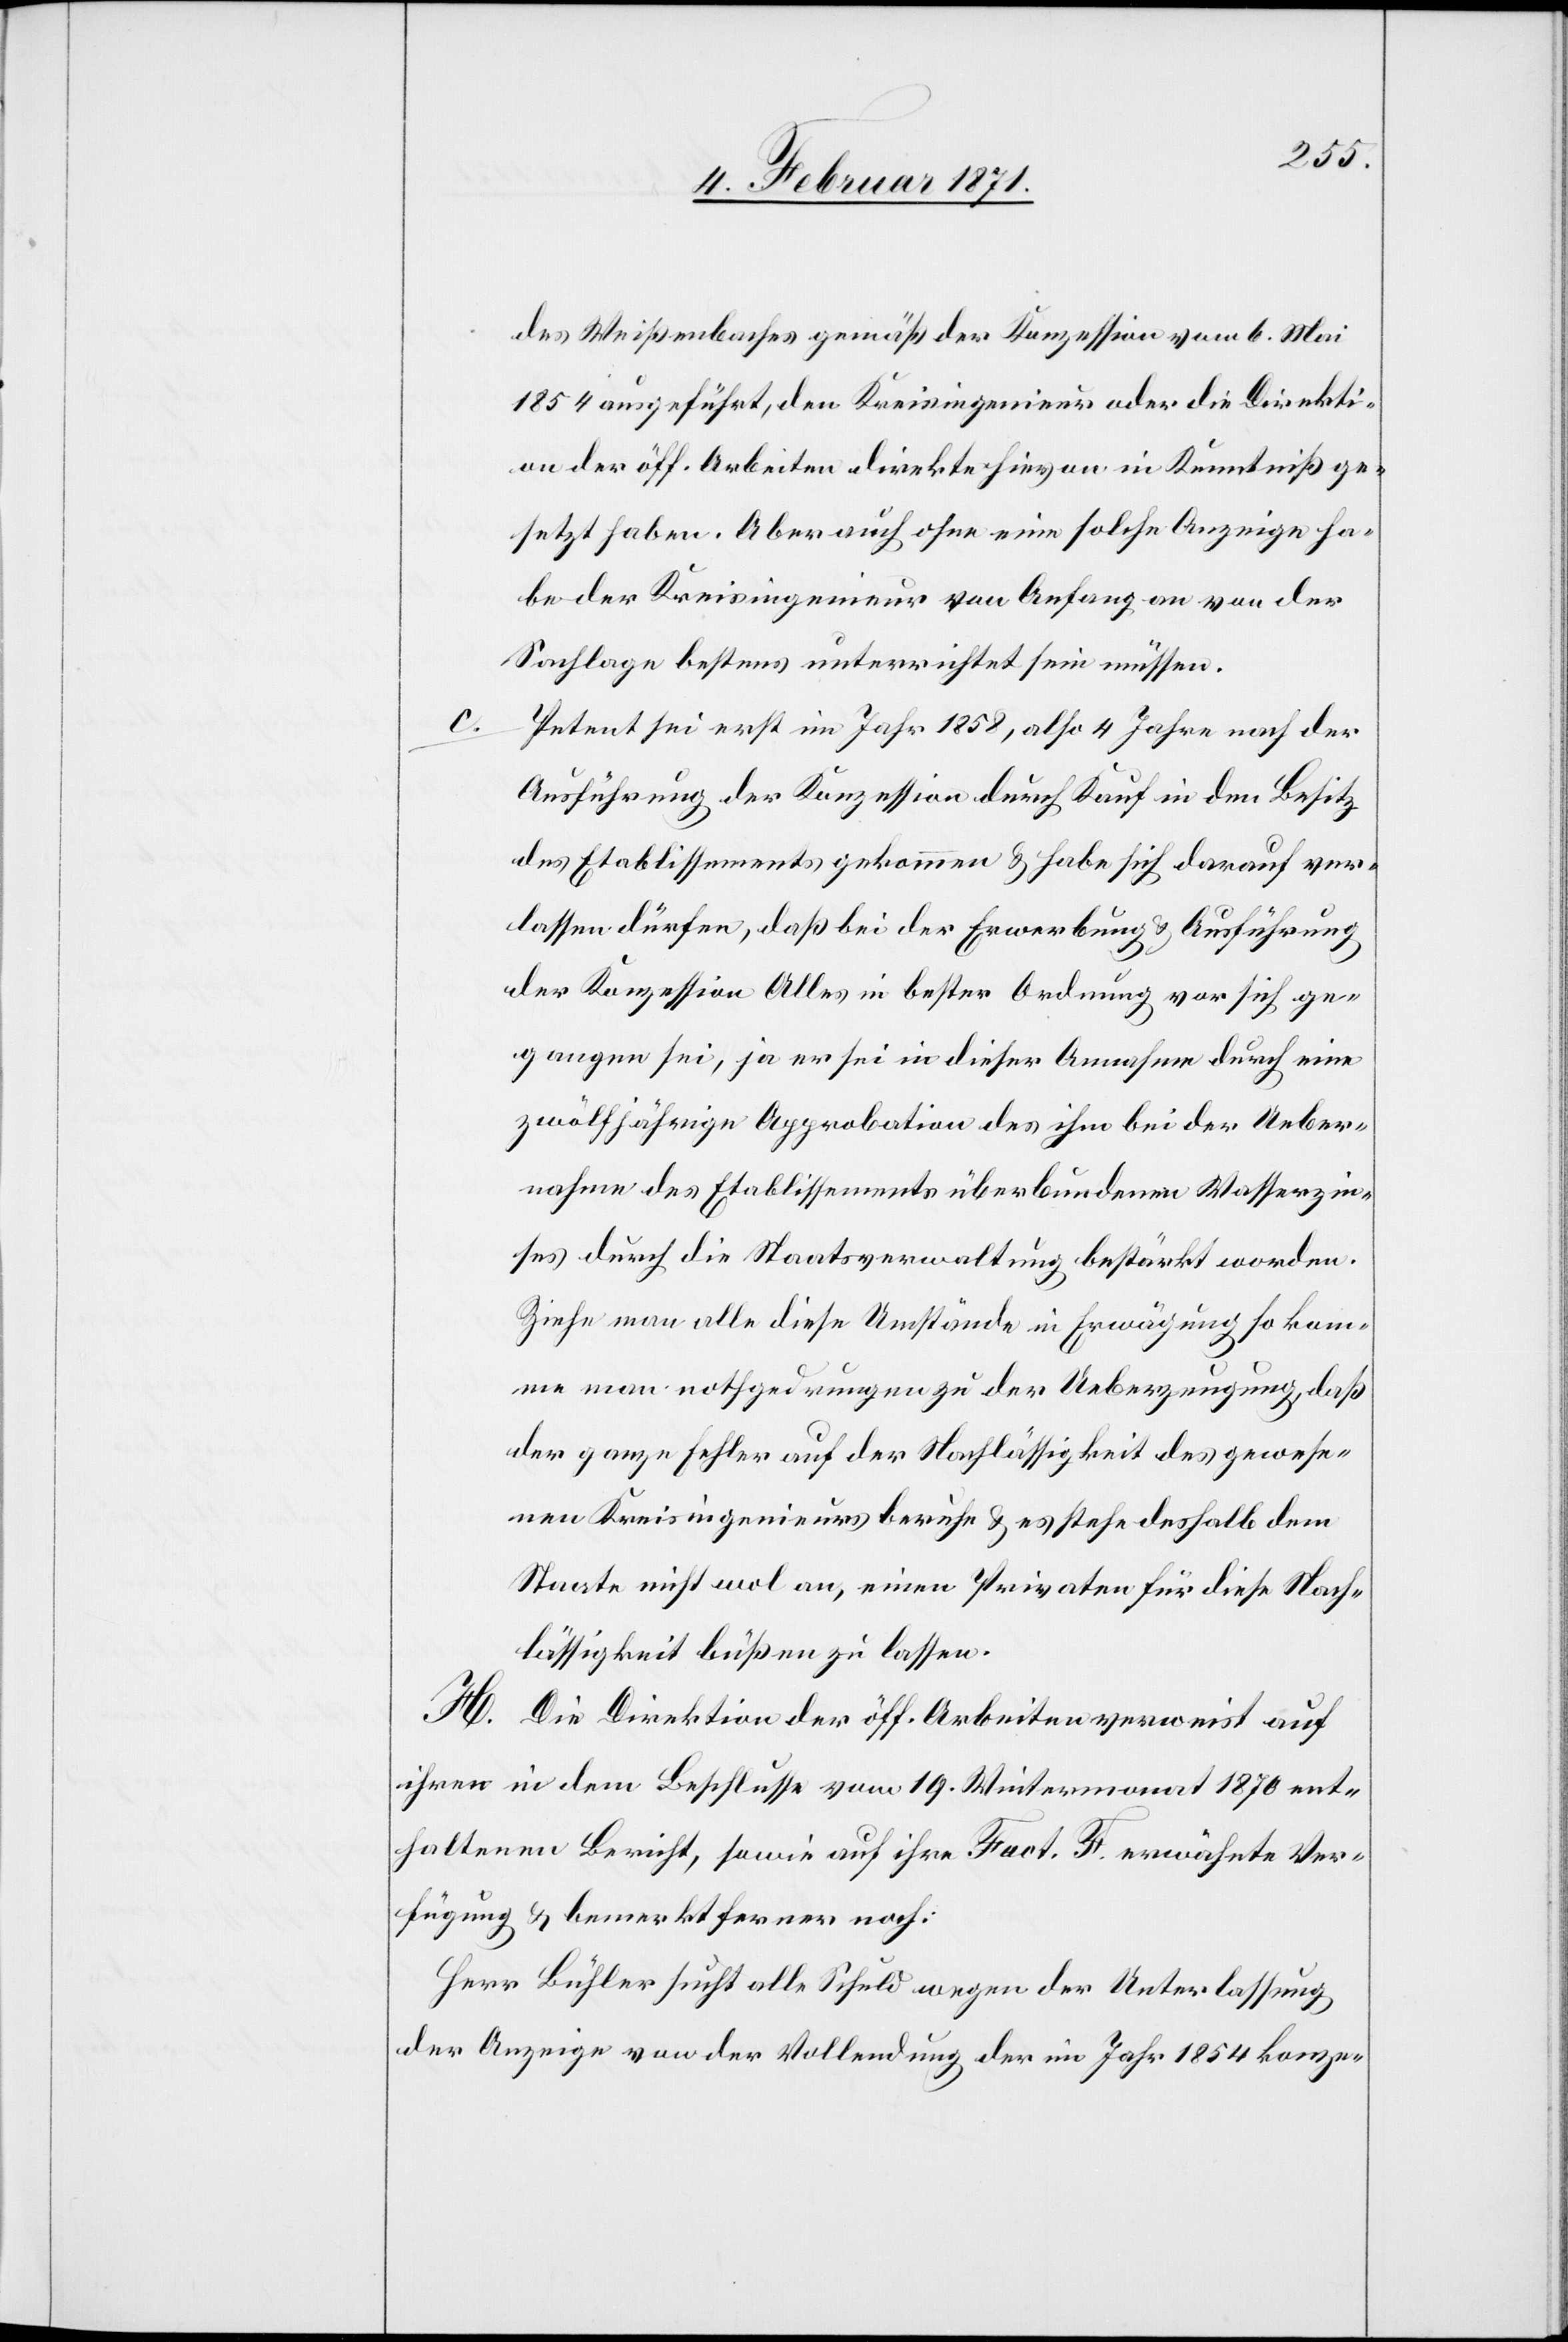
des Weißenbaches gemäß der Konzession vom 6. Mai
1854 ausgeführt, den Kreisingenieur oder die Direkti¬
on der öff. Arbeiten direkte hievon in Kenntniß ge¬
setzt haben. Aber auch ohne eine solche Anzeige ha¬
be der Kreisingenieur von Anfang an von der
Sachlage bestens unterrichtet sein müssen.
Petent sei erst im Jahr 1858, also 4 Jahre nach der
Ausführung der Konzession durch Kauf in den Besitz
des Etablissements gekommen u. habe sich darauf ver¬
lassen dürfen, daß bei der Erwerbung u. Ausführung
der Konzession Alles in bester Ordnung vor sich ge¬
gangen sei, ja er sei in dieser Annahme durch eine
zwölfjährige Approbation des ihm bei der Ueber¬
nahme des Etablissements überbundenen Wasserzin¬
ses durch die Staatsverwaltung bestärkt worden.
Ziehe man alle diese Umstände in Erwägung so kom¬
me man nothgedrungen zu der Ueberzeugung, daß
der ganze Fehler auf der Nachlässigkeit des gewese¬
nen Kreisingenieurs beruhe u. es stehe deshalb dem
Staate nicht wol an, einen Privaten für diese Nach¬
lässigkeit büßen zu lassen.
H.
Die Direktion der öff. Arbeiten verweist auf
ihren in dem Beschlusse vom 19. Wintermonat 1870 ent¬
haltenen Bericht, sowie auf ihre Fact. F erwähnte Ver¬
fügung u. bemerkt ferner noch:
Herr Bühler sucht alle Schuld wegen der Unterlassung
der Anzeige von der Vollendung der im Jahr 1854 konze-